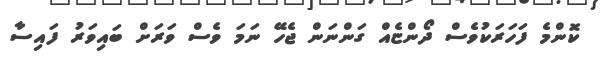
ކޮންމެ ފަހަރަކުވެސް ދޯންޏެއް ގަންނަން ޖެހޭ ނަމަ ވެސް ވަރަށް ބައިވަރު ފައިސާ